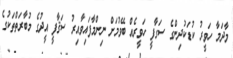
މާދަމާ ހަވީރު ކުޑަކުދިންގެ ސަގާފީ ހަވީރެއް ބޭވުމަށް ނިންމާފައިވާއިރު ސަޤާފީ އީދުގެ މުބާރަތްތަކުގެ